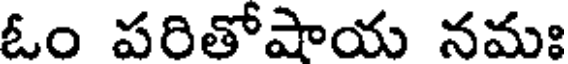
ఓం పరితోషాయ నమః